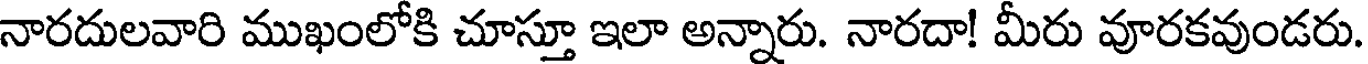
నారదులవారి ముఖంలోకి చూస్తూ ఇలా అన్నారు. నారదా! మీరు వూరకవుండరు.